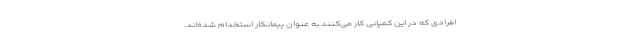
افرادی که در این کمپانی کار می‌کنند به عنوان پیمانکار استخدام شده‌اند.